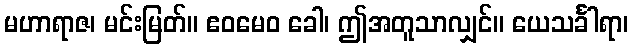
မဟာရာဇ၊ မင်းမြတ်။ ဧဝမေဝ ခေါ၊ ဤအတူသာလျှင်။ ယေသင်္ခါရာ၊